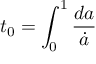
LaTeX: t _ { 0 } = \int _ { 0 } ^ { 1 } { \frac { d a } { \dot { a } } }